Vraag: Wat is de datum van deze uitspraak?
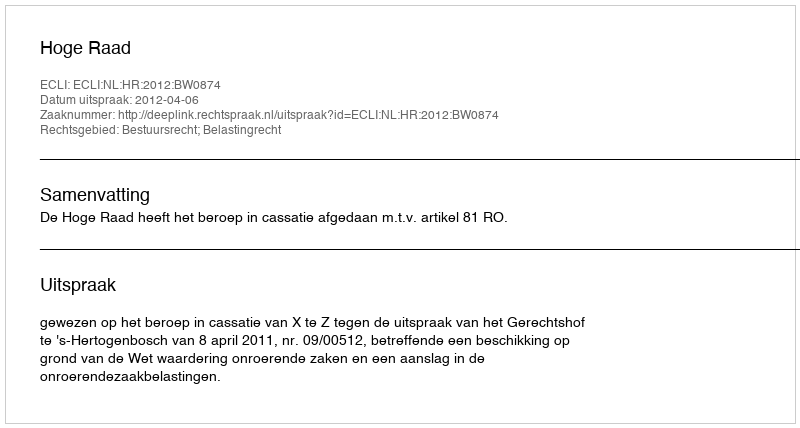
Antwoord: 2012-04-06